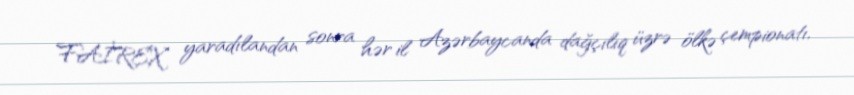
FAİREX yaradılandan sonra hər il Azərbaycanda dağçılıq üzrə ölkə çempionatı,